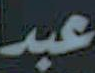
عبد